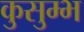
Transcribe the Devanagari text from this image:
कुसुम्भ